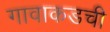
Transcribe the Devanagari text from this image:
गावाकडची